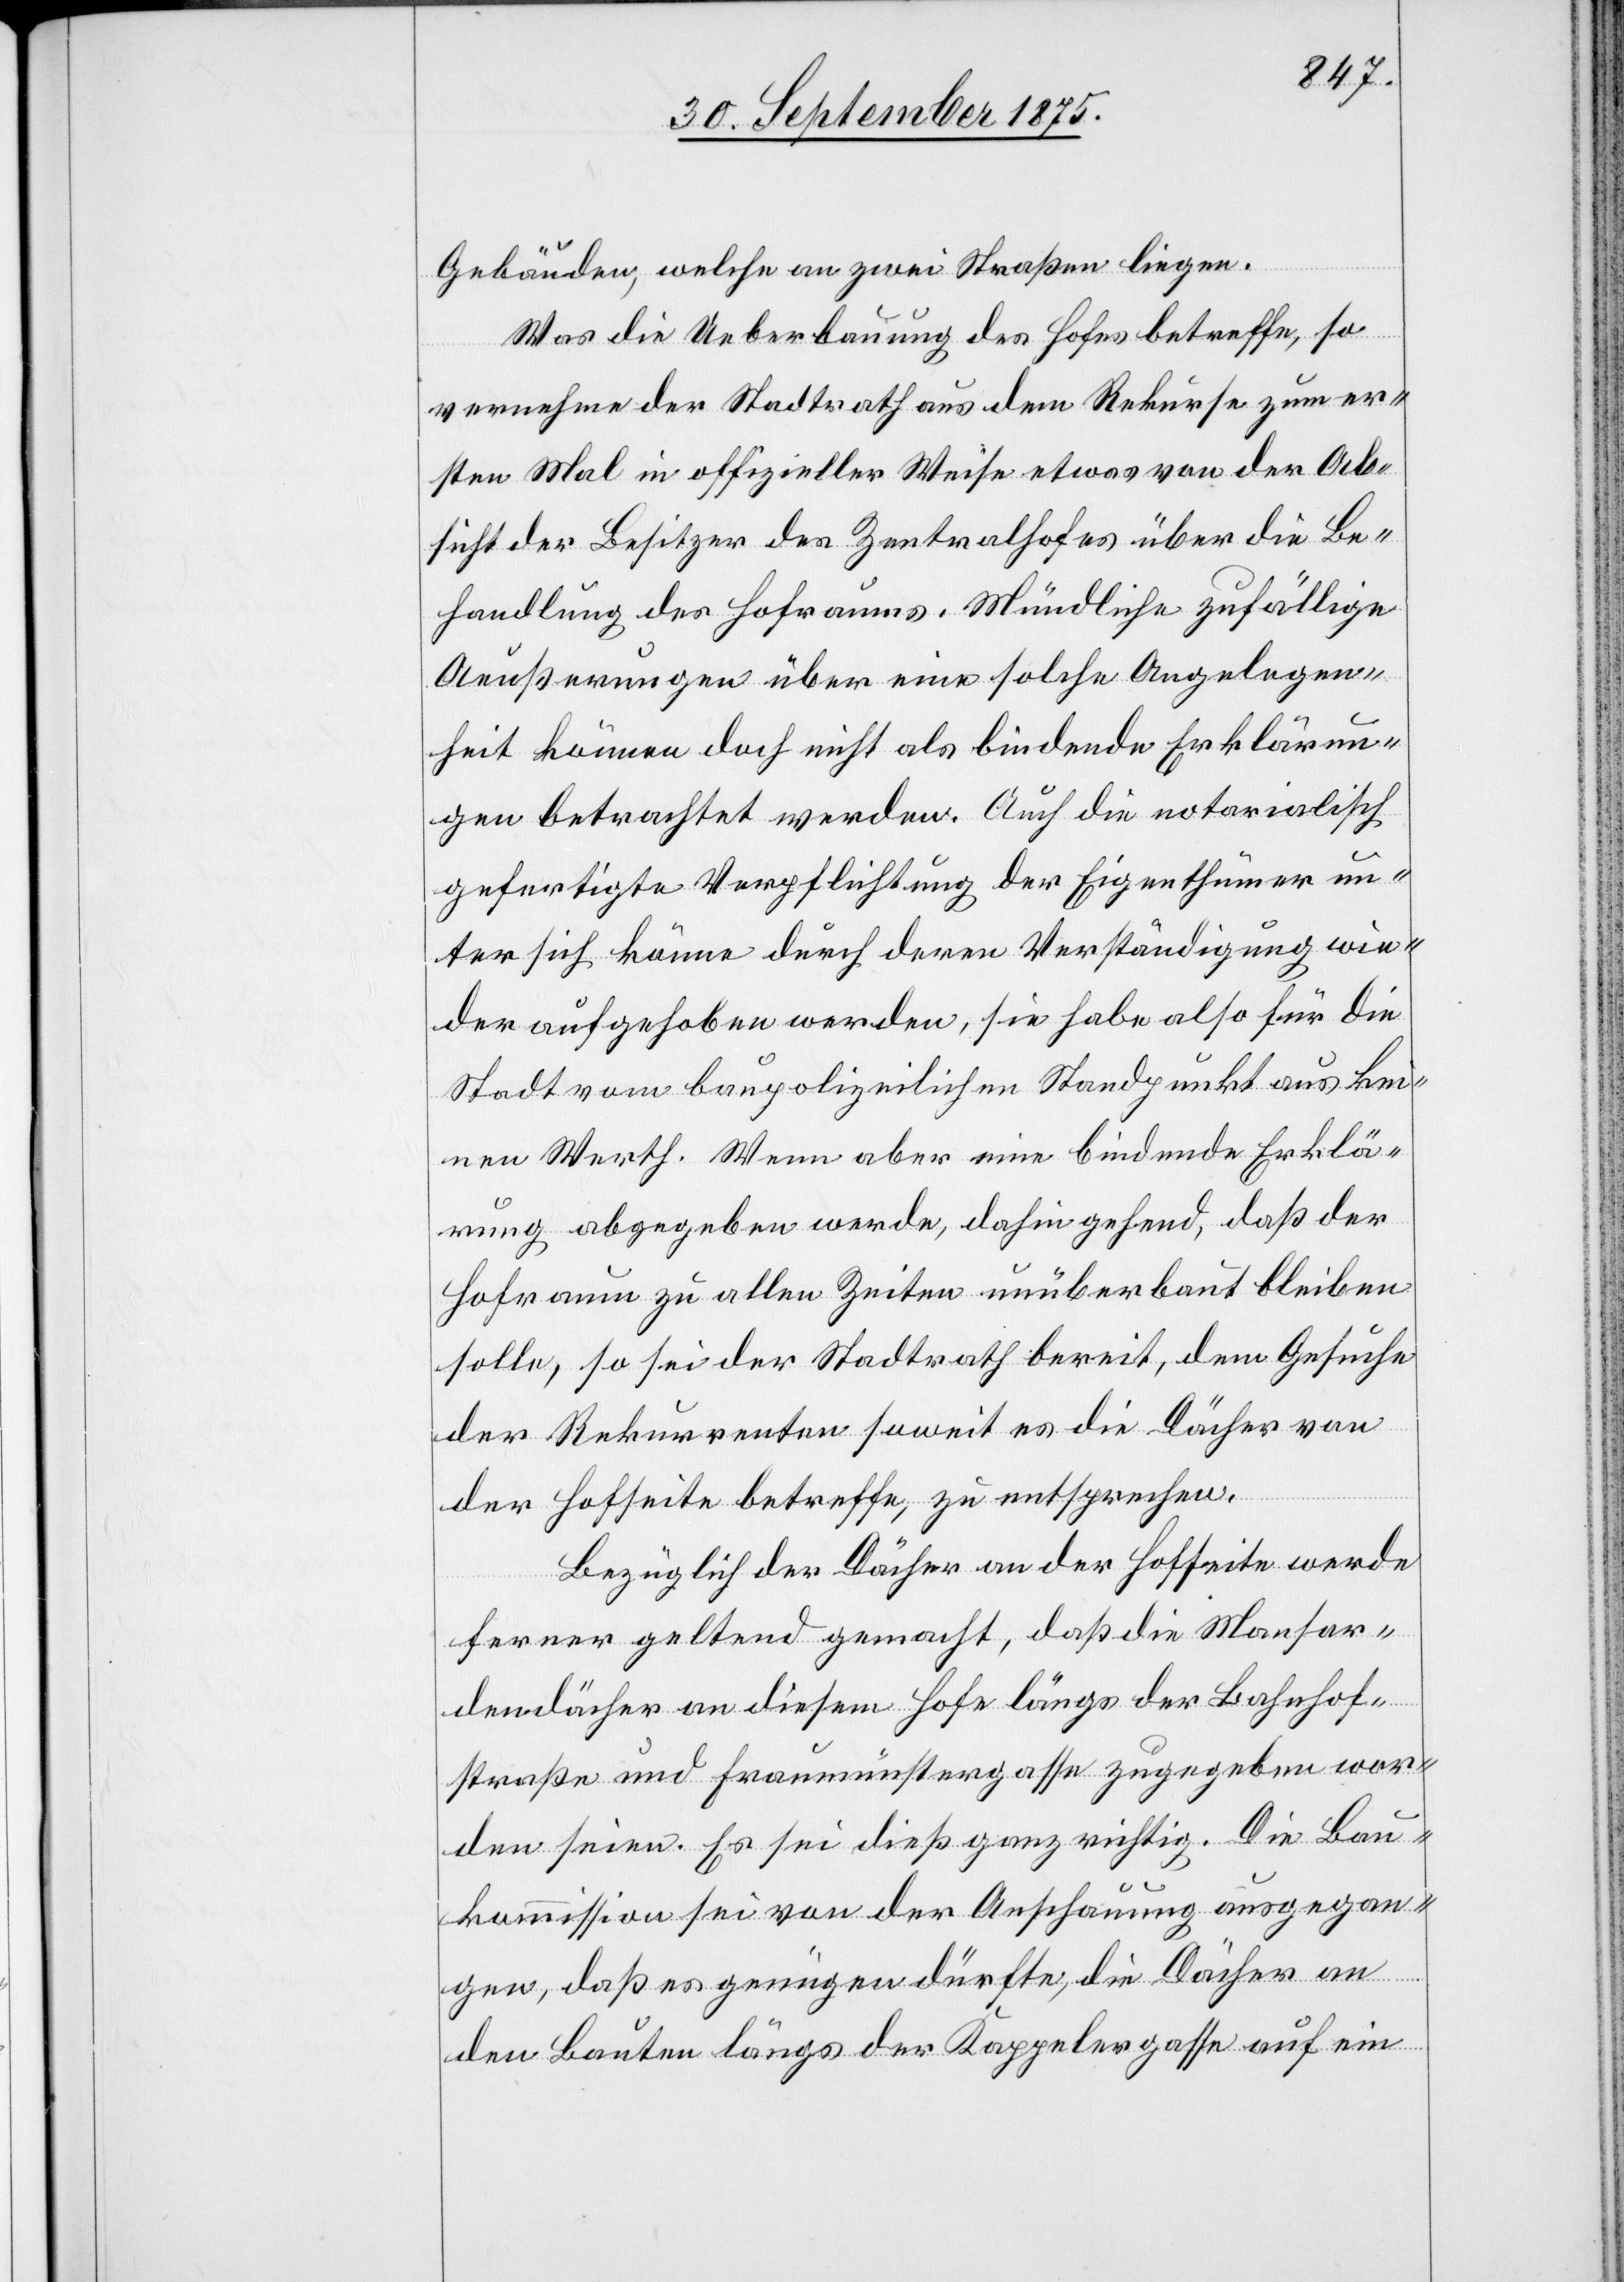
Gebäuden, welche an zwei Straßen liegen.
Was die Ueberbauung des Hofes betreffe, so
vernehme der Stadtrath aus dem Rekurse zum er¬
sten Mal in offizieller Weise etwas von der Ab¬
sicht der Besitzer des Zentralhofes über die Be¬
handlung des Hofraums. Mündliche zufällige
Aeußerungen über eine solche Angelegen¬
heit können doch nicht als bindende Erklärun¬
gen betrachtet werden. Auch die notarialisch
gefertigte Verpflichtung der Eigenthümer un¬
ter sich könne durch deren Verständigung wie¬
der aufgehoben werden, sie habe also für die
Stadt vom baupolizeilichen Standpunkt aus kei¬
nen Werth. Wenn aber eine bindende Erklä¬
rung abgegeben werde, dahin gehend, daß der
Hofraum zu allen Zeiten unüberbaut bleiben
solle, so sei der Stadtrath bereit, dem Gesuche
der Rekurrenten soweit es die Dächer von
der Hofseite betreffe, zu entsprechen.
Bezüglich der Dächer an der Hofseite werde
ferner geltend gemacht, daß die Mansar¬
dendächer an diesem Hofe längs der Bahnhof¬
straße und Fraumünstergasse zugegeben wor¬
den seien. Es sei dieß ganz richtig. Die Bau¬
kommission sei von der Anschauung ausgegan¬
gen, daß es genügen dürfte, die Dächer an
den Bauten längs der Kappelergasse auf ein